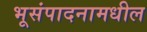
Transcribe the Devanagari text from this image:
भूसंपादनामधील